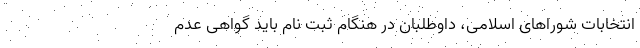
انتخابات شوراهای اسلامی، داوطلبان در هنگام ثبت نام باید گواهی عدم